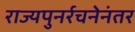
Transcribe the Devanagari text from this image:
राज्यपुनर्रचनेनंतर